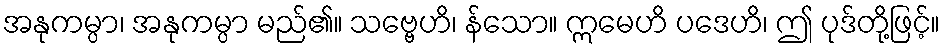
အနုကမ္ပာ၊ အနုကမ္ပာ မည်၏။ သဗ္ဗေဟိ၊ န်သော။ ဣမေဟိ ပဒေဟိ၊ ဤ ပုဒ်တို့ဖြင့်။